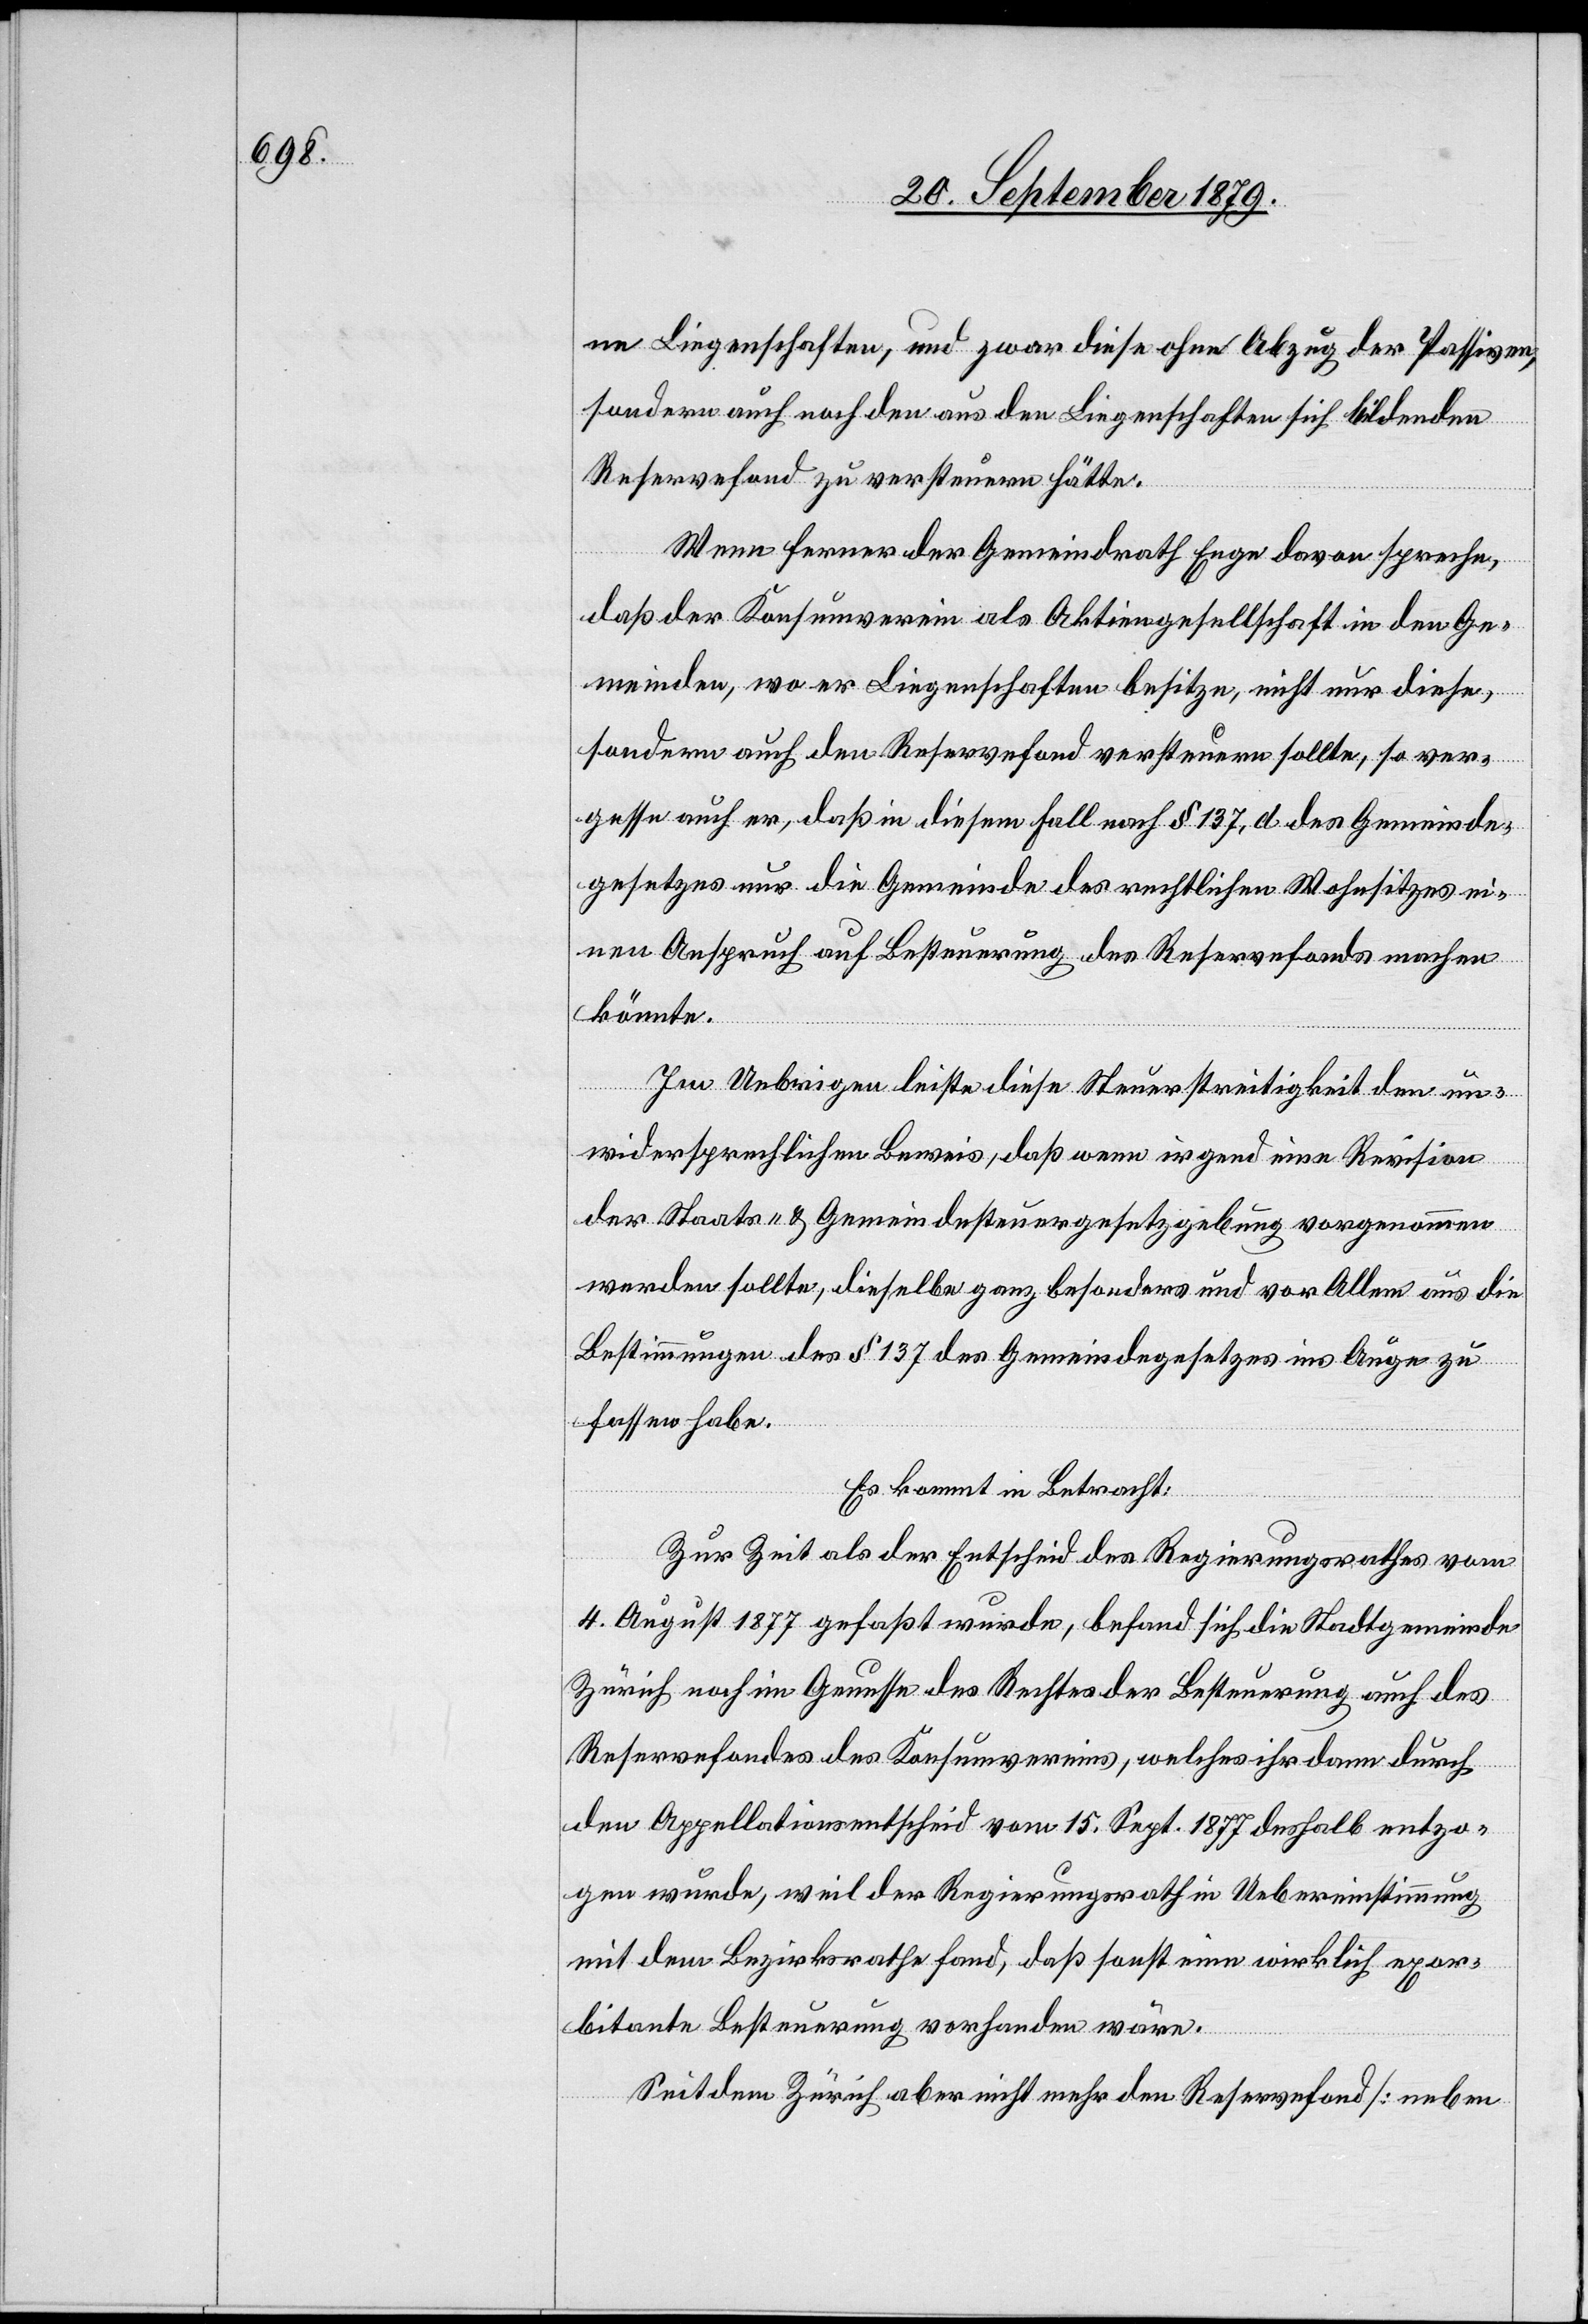
ne Liegenschaften, und zwar diese ohne Abzug der Passiven,
sondern auch noch den aus den Liegenschaften sich bildenden
Reservefond zu versteuern hätte.
Wenn ferner der Gemeindrath Enge davon spreche,
daß der Konsumverein als Aktiengesellschaft in den Ge¬
meinden, wo er Liegenschaften besitze, nicht nur diese,
sondern auch den Reservefond versteuern sollte, so ver¬
gesse auch er, daß in diesem Fall nach § 137, d des Gemeinde¬
gesetzes nur die Gemeinde des rechtlichen Wohnsitzes ei¬
nen Anspruch auf Besteuerung des Reservefonds machen
könnte.
Im Uebrigen leiste diese Steuerstreitigkeit den un¬
widersprechlichen Beweis, daß wenn irgend eine Revision
der Staats- & Gemeindesteuergesetzgebung vorgenommen
werden sollte, dieselbe ganz besonders und vor Allem aus die
Bestimmungen des § 137 des Gemeindegesetzes ins Auge zu
fassen habe.
Es kommt in Betracht:
Zur Zeit als der Entscheid des Regierungsrathes vom
4. August 1877 gefaßt wurde, befand sich die Stadtgemeinde
Zürich noch im Genusse des Rechtes der Besteuerung auch des
Reservefondes des Konsumvereins, welches ihr dann durch
den Appellationsentscheid vom 15. Sept. 1877 deshalb entzo¬
gen wurde, weil der Regierungsrath in Uebereinstimmung
mit dem Bezirksrathe fand, daß sonst eine wirklich exor¬
bitante Besteuerung vorhanden wäre.
Seitdem Zürich aber nicht mehr den Reservefond [neben